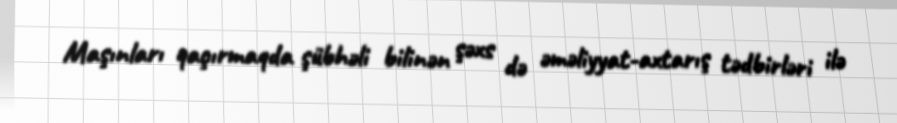
Maşınları qaçırmaqda şübhəli bilinən şəxs də əməliyyat-axtarış tədbirləri ilə